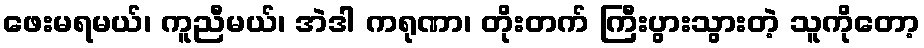
ဖေးမရမယ်၊ ကူညီမယ်၊ အဲဒါ ကရုဏာ၊ တိုးတက် ကြီးပွားသွားတဲ့ သူကိုတော့